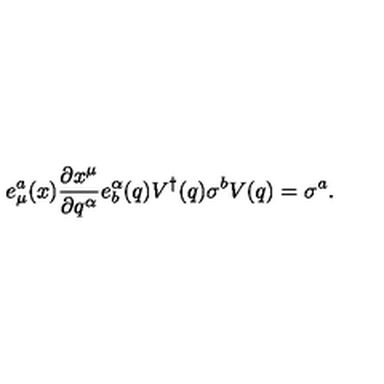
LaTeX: e _ { \mu } ^ { a } ( x ) \frac { \partial x ^ { \mu } } { \partial q ^ { \alpha } } e _ { b } ^ { \alpha } ( q ) V ^ { \dagger } ( q ) \sigma ^ { b } V ( q ) = \sigma ^ { a } .